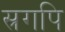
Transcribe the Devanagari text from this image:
स्रगपि